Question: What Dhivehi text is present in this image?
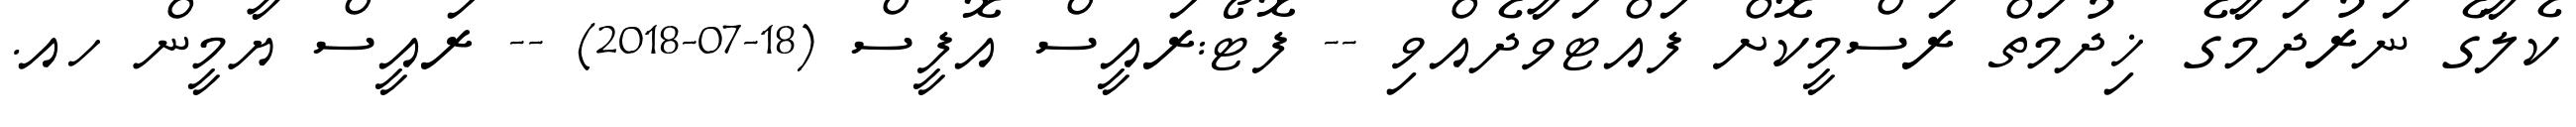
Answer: ކެލާގެ ނަރުދަމާގެ ޚިދުމަތް ރަސްމީކޮށް ފައްޓަވާދެއްވި -- ފޮޓޯ:ރައީސް އޮފީސް (18-07-2018) -- ރައީސް ޔާމީން ހއ.